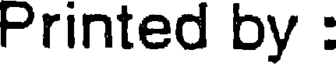
Printed by :